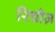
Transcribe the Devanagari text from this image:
रिचीज़